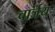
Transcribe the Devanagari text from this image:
चार्जय